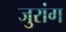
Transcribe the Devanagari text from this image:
जुरांग